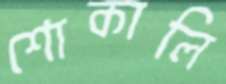
শোকালি